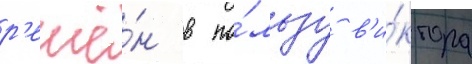
р'ешё́н в по́льзу в'и́ктора